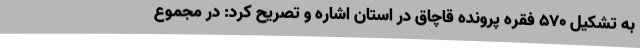
به تشکیل 570 فقره پرونده قاچاق در استان اشاره و تصریح کرد: در مجموع